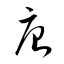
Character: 唐